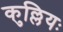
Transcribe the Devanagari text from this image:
कुल्लियः